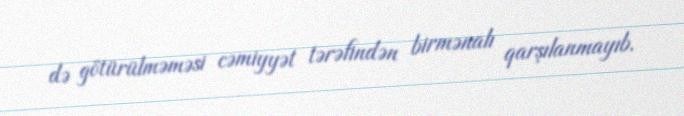
də götürülməməsi cəmiyyət tərəfindən birmənalı qarşılanmayıb.